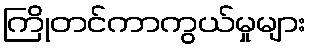
ကြိုတင်ကာကွယ်မှုများ